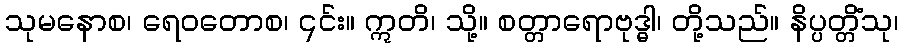
သုမနောစ၊ ရေဝတောစ၊ ၎င်း။ ဣတိ၊ သို့။ စတ္တာရောဗုဒ္ဓါ၊ တို့သည်။ နိပ္ပတ္တိံသု၊